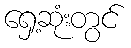
ရှေ့ဆုံးတွင်